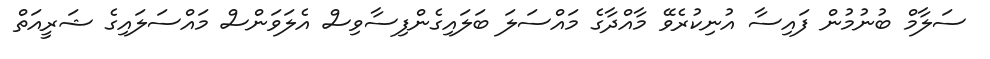
ސަލާމް ބުނުމުން ފައިސާ އުނިކުރެވޭ މާއްދާގެ މައްސަލަ ބަލައިގެންފިސާވިސް އެލަވަންސް މައްސަލައިގެ ޝަރީއަތް